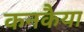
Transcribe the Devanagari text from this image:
कनकैया